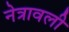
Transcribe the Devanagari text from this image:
नेत्रावली